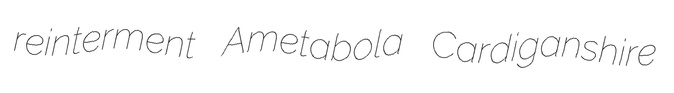
reinterment Ametabola Cardiganshire